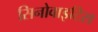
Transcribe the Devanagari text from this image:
सिनोवाइटिस